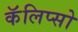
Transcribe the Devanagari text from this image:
कॅलिप्सो